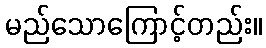
မည်သောကြောင့်တည်း။